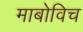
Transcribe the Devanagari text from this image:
माबोविच